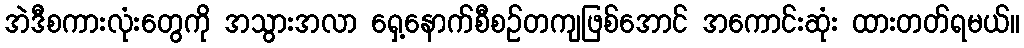
အဲဒီစကားလုံးတွေကို အသွားအလာ ရှေ့နောက်စီစဉ်တကျဖြစ်အောင် အကောင်းဆုံး ထားတတ်ရမယ်။